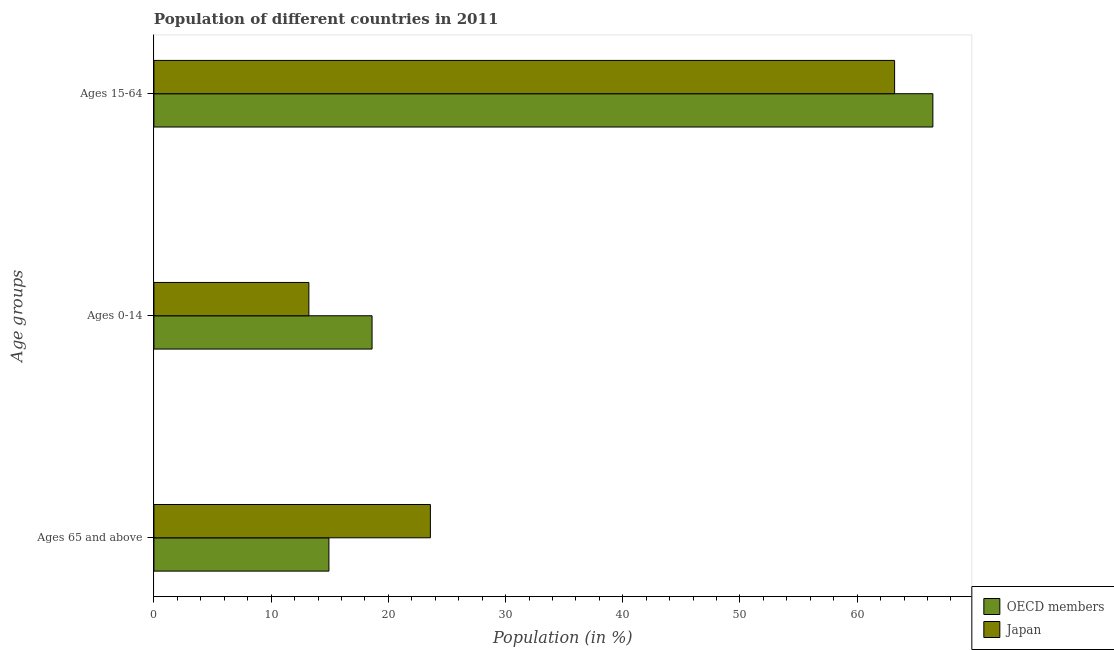
| Age groups | OECD members | Japan |
 | --- | --- | --- |
 | Ages 65 and above | 14.9 | 23.6 |
 | Ages 0-14 | 18.6 | 13.2 |
 | Ages 15-64 | 66.5 | 63.2 |